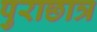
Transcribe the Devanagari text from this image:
पुराछात्र